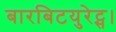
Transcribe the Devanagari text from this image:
बारबिटयुरेट्स।